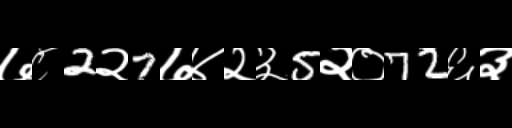
Text: ७८2२7७४२३5२०72६३